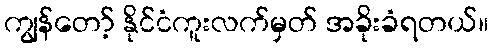
ကျွန်တော့် နိုင်ငံကူးလက်မှတ် အခိုးခံရတယ်။